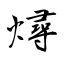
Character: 燖